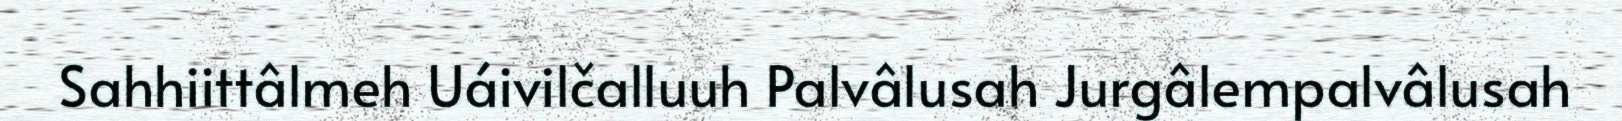
Sahhiittâlmeh Uáivilčalluuh Palvâlusah Jurgâlempalvâlusah